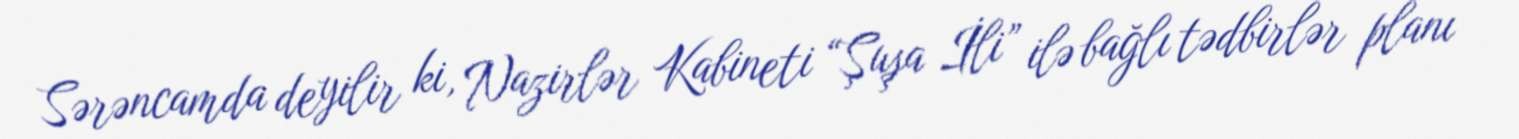
Sərəncamda deyilir ki, Nazirlər Kabineti “Şuşa İli” ilə bağlı tədbirlər planı